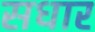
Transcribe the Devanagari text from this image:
सधार